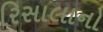
રિસાલાનો